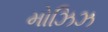
મોઝિઝ